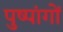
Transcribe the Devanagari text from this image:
पुष्पांगों